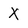
Character: X